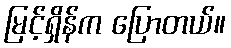
မြင့်ရှိန်က ပြောတယ်။